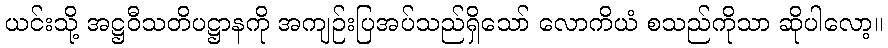
ယင်းသို့ အဋ္ဌဝီသတိပဋ္ဌာနကို အကျဉ်းပြအပ်သည်ရှိသော် လောကိယံ စသည်ကိုသာ ဆိုပါလော့။